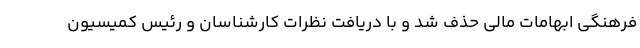
فرهنگی ابهامات مالی حذف شد و با دریافت نظرات کارشناسان و رئیس کمیسیون